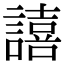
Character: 譆